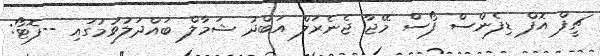
ޗީފް އޮފް ޑިފެންސް ފޯސް މޭޖާ ޖެނެރަލް އަބްދު ޝަމާލް ބައްދަލުވުމުގައި --ފޮޓޯ: